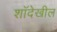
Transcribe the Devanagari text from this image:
शॉदेखील